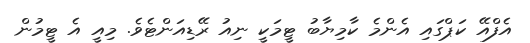
އެފްއޭ ކަޕްގައި އެންމެ ކާމިޔާބު ޓީމަކީ ނިއު ރޭޑިއަންޓެވެ. މިއީ އެ ޓީމުން